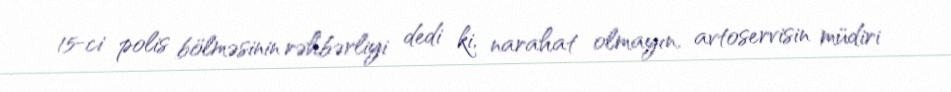
15-ci polis bölməsinin rəhbərliyi dedi ki, narahat olmayın, avtoservisin müdiri